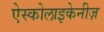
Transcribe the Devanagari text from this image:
ऐस्कोलाइकेनीज़